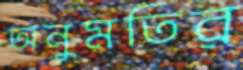
অনুমতির